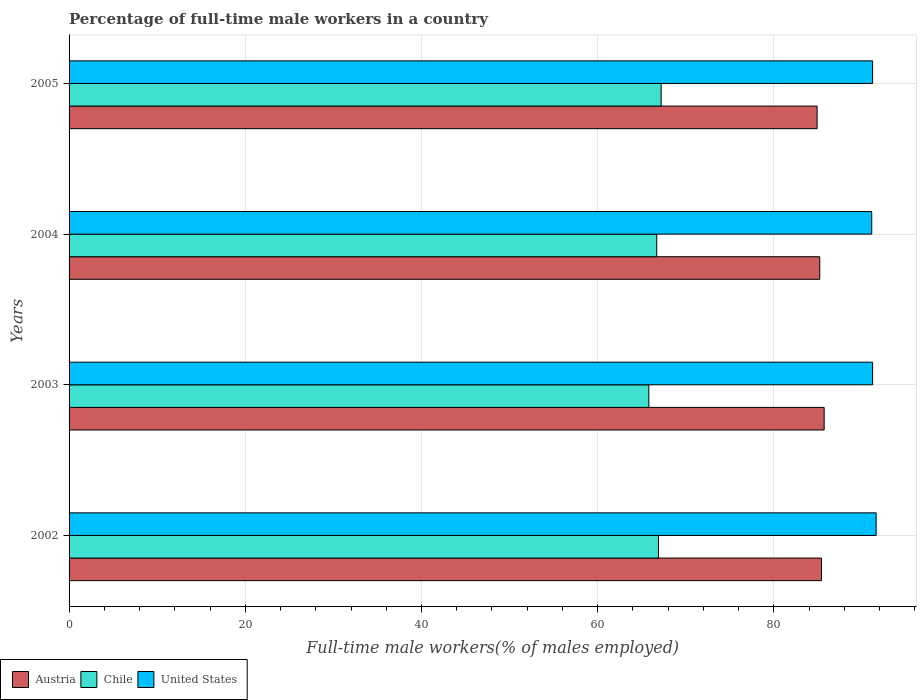
| Years | Austria | Chile | United States |
 | --- | --- | --- | --- |
 | 2002 | 85.4 | 66.9 | 91.6 |
 | 2003 | 85.7 | 65.8 | 91.2 |
 | 2004 | 85.2 | 66.7 | 91.1 |
 | 2005 | 84.9 | 67.2 | 91.2 |